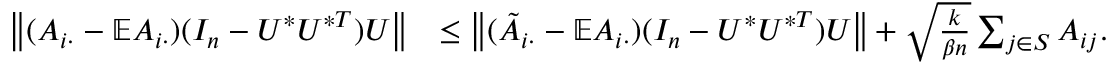
\begin{array} { r l } { \left\| { ( A _ { i \cdot } - \mathbb { E } A _ { i \cdot } ) ( I _ { n } - U ^ { * } U ^ { * T } ) U } \right\| } & { \leq \left\| { ( \tilde { A } _ { i \cdot } - \mathbb { E } A _ { i \cdot } ) ( I _ { n } - U ^ { * } U ^ { * T } ) U } \right\| + \sqrt { \frac { k } { \beta n } } \sum _ { j \in S } A _ { i j } . } \end{array}